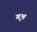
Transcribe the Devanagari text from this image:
गृभ